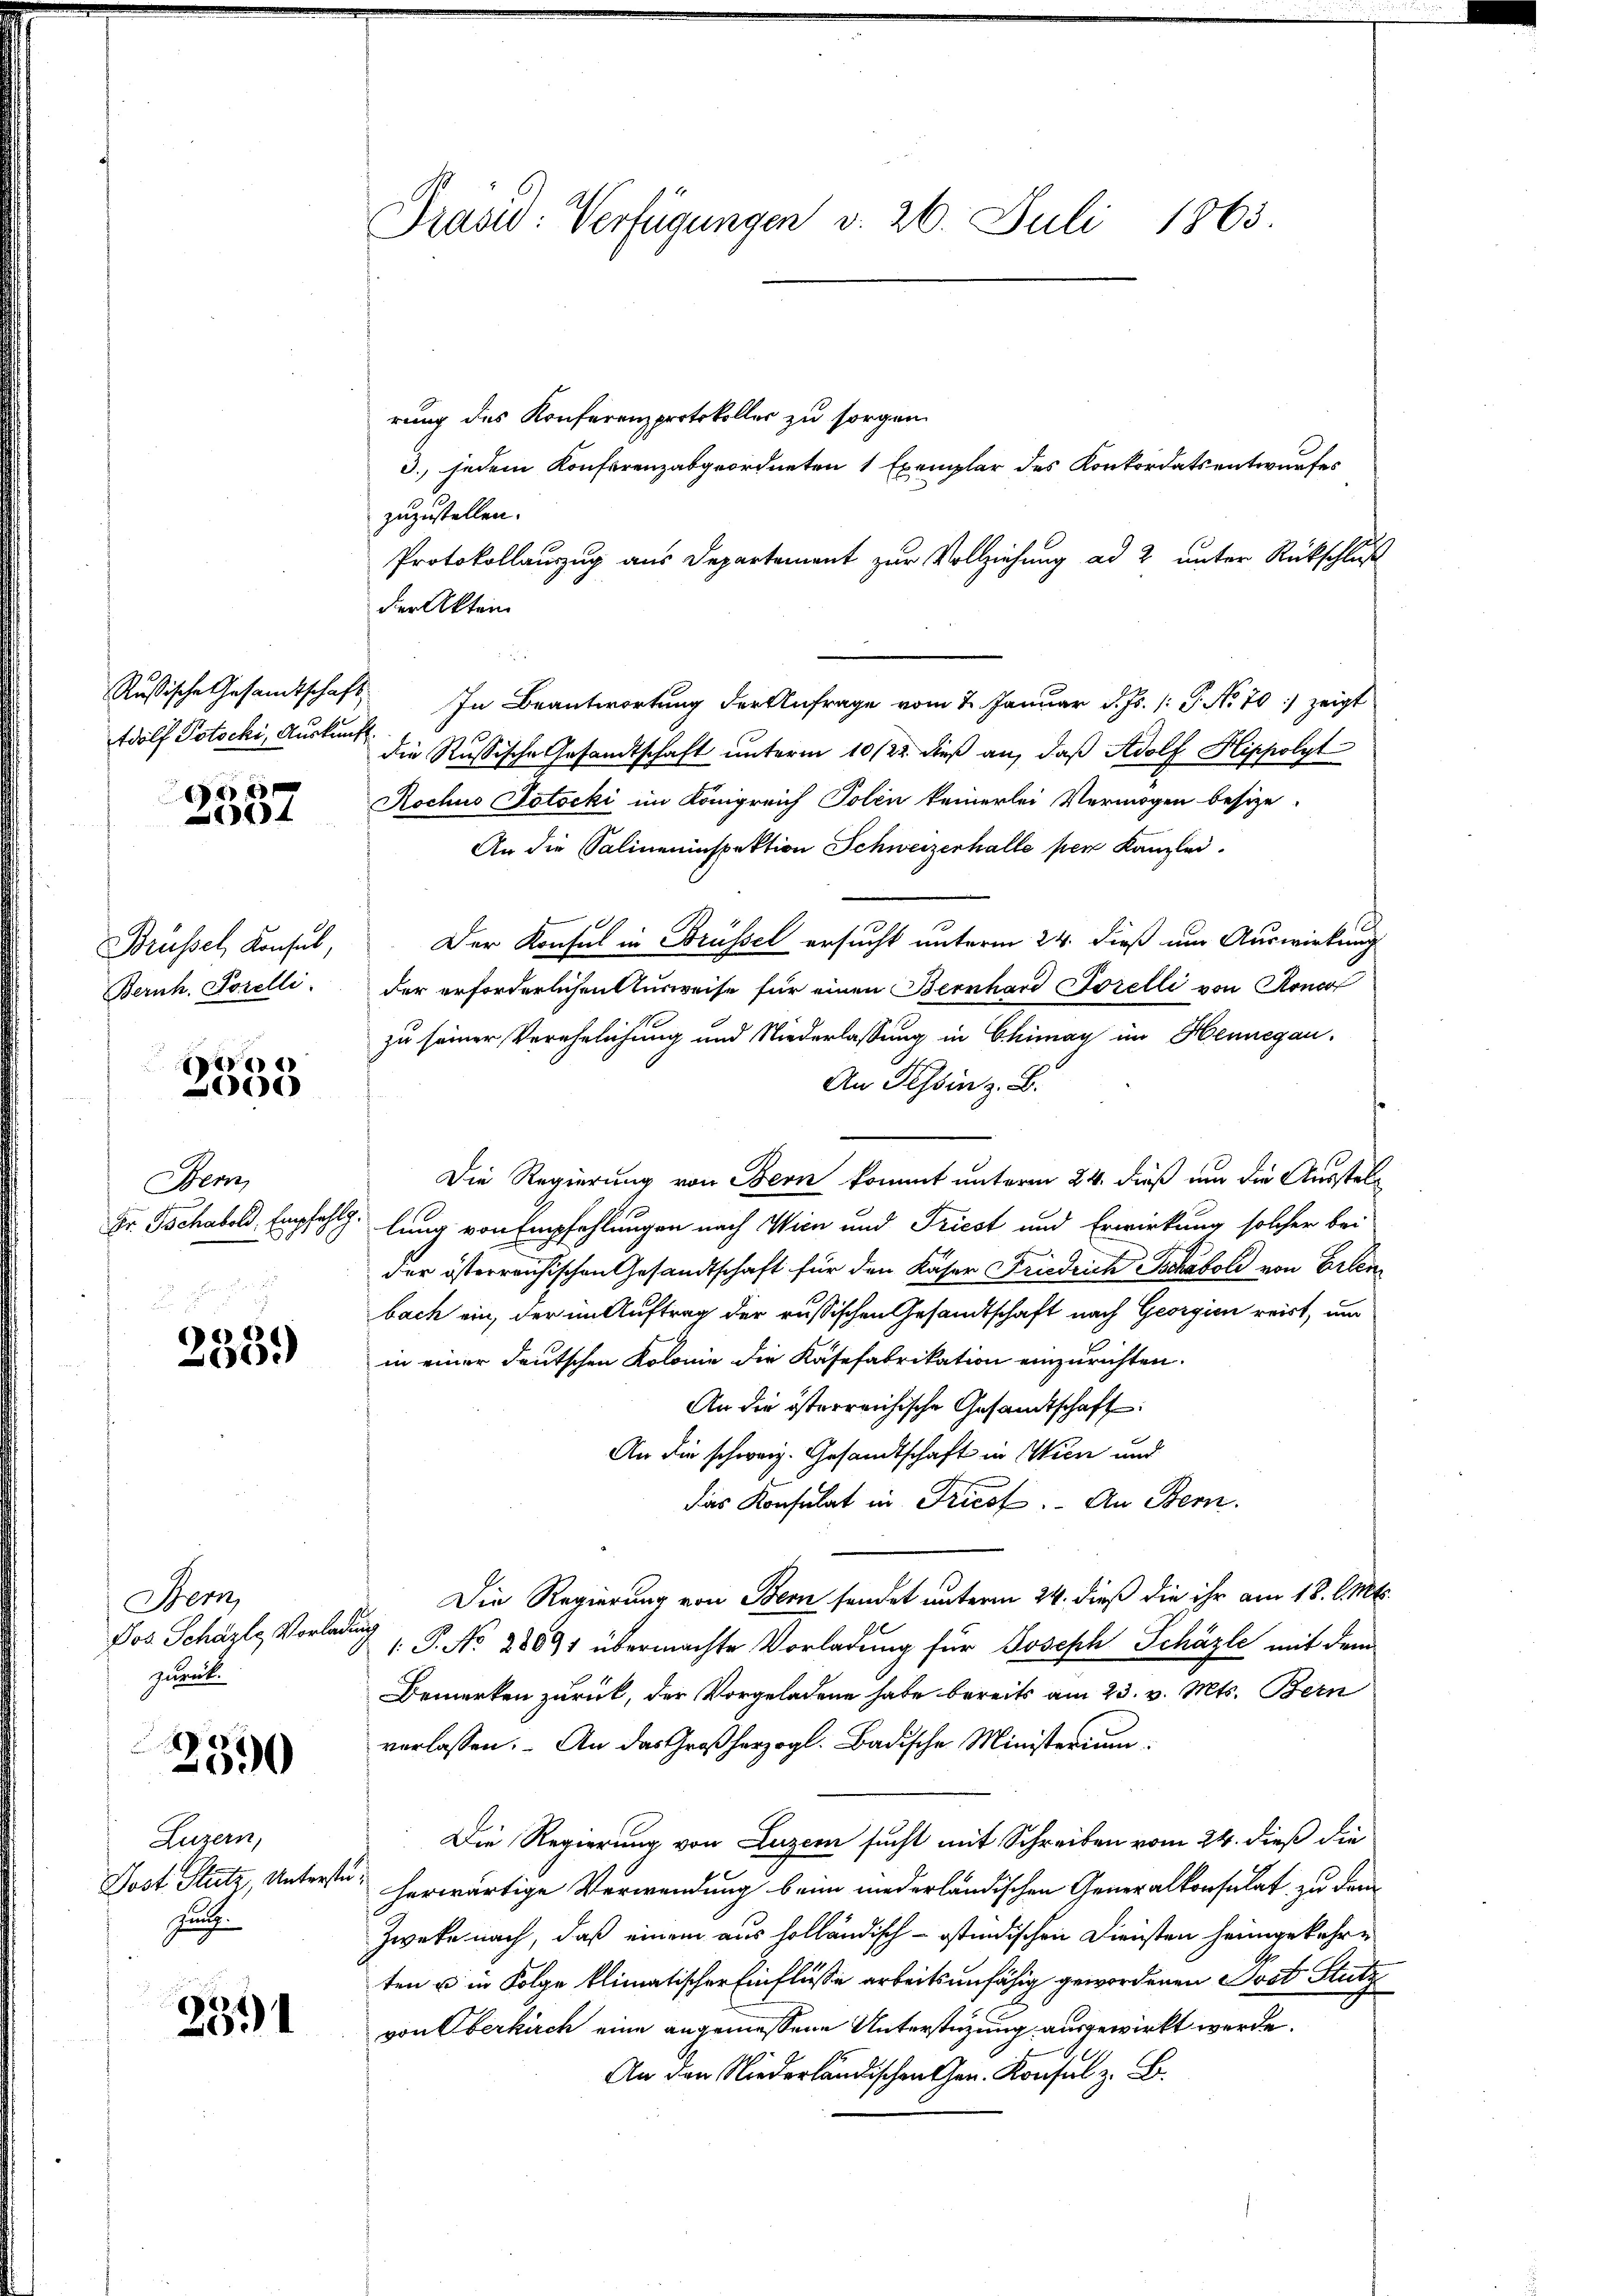
Adolf Potschi, Auskunft

6
14

Brüssel, Konsul,
Bernh. Forelli

r
0

Bern

2339)

Hem
Pos Schäzte Vorlag
zurück

690

Luzern,
Post Stutz, Unterste
fuh

2391

Prasid: Verfügungen v. 26. Juli 1865.

rung des Konferenzprotokolles zu sorgen.
3., jedem Konferenzabgeordneten 1 Exemplar des Konkordatsentwurfes
zuzustellen.
Protokollauszug aus Departement zur Vollziehung ad 2 unter Rückschluß
der Akten
Russische Gesandtschaft. In Beantwortung der Anfrage vom 2. Januar d. Js. (: P. No 70) zeigt
die Russische Gesandtschaft ŭnterm 10/22. dieß an, daß Adolf Hippolyt
Rochus Totocki im Königreich Polen keinerlei Vermögen besize.
An die Salineninspektion Schweizerhalle per Kanzlei.
Der Konsul in Brüssel ersucht unterm 24. dieß um Auswirkung
der erforderlichen Ausweise für einen Bernhard Forelli von Roncor
zu seiner Verehelichung und Niederlassung in Chimay im Hennegau-
An Tessin z. B.
Die Regierung von Bern kommt unterm 24. dieß um die Ausstel¬
Dr. Tschabel, Empfehlg: lung von Empfehlungen nach Wien und Triest und Erwirkung solcher bei
der österreichischen Gesandtschaft für den Kaser Friedrich schaboli von Erlenbach ein, der im Auftrag der russischen Gesandtschaft nach Georgien reist, und
in einer deutschen Kolonie die Kasefabrikation einzurichten.
An die österreichische Gesandtschaft:
An die schweiz. Gesandtschaft in Wien und
das Konsulat in Tricof. An Bern.
Die Regierung von Bern sendet unterm 24. dieß die ihr am 18. d. Mts.
d
" 1. P. No. 28891 übermachte Vorladung für Joseph Schäzle mit dem
Bemerken zurück, der Vorgeladene habe bereits am 23. v. Mts. Bern
verlassen. An das Großherzogl. Badische Ministerium
Die Regierung von Luzern sucht mit Schreiben vom 24. dieß die
herwärtige Verwendung beim niederländischen Generalkonsulat zu dem
Zweke nach, daß einem aus holländisch- ostindischen Diensten heimgekehre
ten u in Folge klimatischer Einflüsse arbeitsunfähig gewordenen Post Stutz
von Oberkirch eine angemessene Unterstüzung ausgewirkt werde.
An den Niederlischen Konz